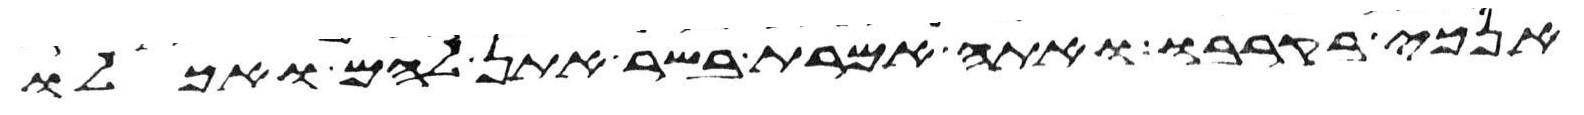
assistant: אנכי בקרבו ואתה אמרת בשר אתן להם ואכלו